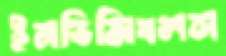
ইনভিন্সিবলস